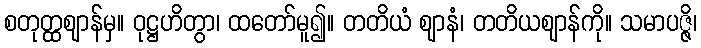
စတုတ္ထဈာန်မှ။ ဝုဋ္ဌဟိတွာ၊ ထတော်မူ၍။ တတိယံ ဈာနံ၊ တတိယဈာန်ကို။ သမာပဇ္ဇိ၊